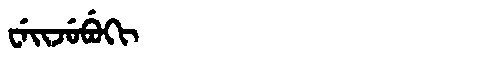
Manchu: ᠸᡝᡳᠵᡠᠪᡠᡴᡳ
Romanization: WEIJUBUKI